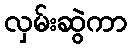
လှမ်းဆွဲကာ